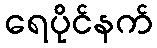
ရေပိုင်နက်